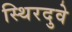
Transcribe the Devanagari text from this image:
स्थिरदुवे